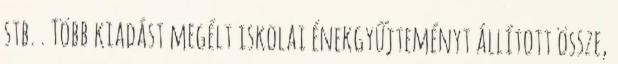
stb. . Több kiadást megélt iskolai énekgyűjteményt állított össze,